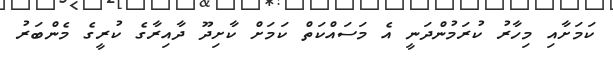
ކަމަށާއި މިހާރު ކުރަމުންދަނީ އެ މަސައްކަތް ކަމަށް ކާށިދޫ ދާއިރާގެ ކުރީގެ މެންބަރު